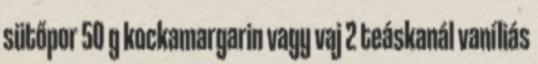
sütőpor 50 g kockamargarin vagy vaj 2 teáskanál vaníliás